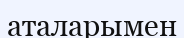
аталарымен